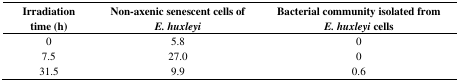
<table><thead><tr><td><b>Irradiation time (h)</b></td><td><b>Non-axenic senescent cells of <i>E. huxleyi</i></b></td><td><b>Bacterial community isolated from <i>E. huxleyi</i> cells</b></td></tr></thead><tbody><tr><td>0</td><td>5.8</td><td>0</td></tr><tr><td>7.5</td><td>27.0</td><td>0</td></tr><tr><td>31.5</td><td>9.9</td><td>0.6</td></tr></tbody></table>